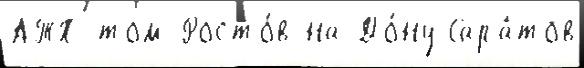
АТП том Росто́в-на-До́ну Сара́тов